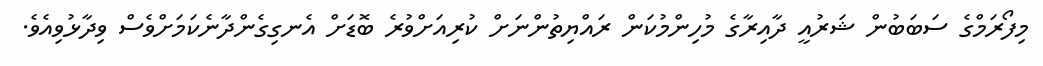
މިފޯރަމްގެ ސަބަބުން ޝަރުއީ ދާއިރާގެ މުހިންމުކަން ރައްޔިތުންނަށް ކުރިއަށްވުރެ ބޮޑަށް އެނގިގެންދާނެކަމަށްވެސް ވިދާޅުވިއެވެ.